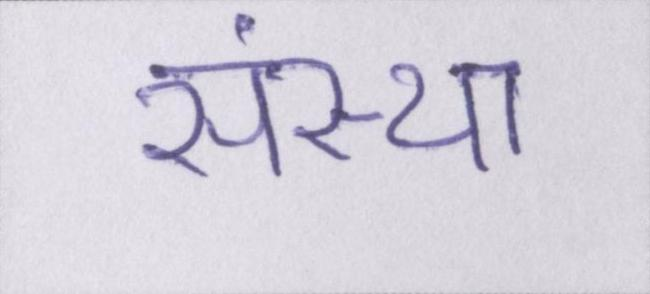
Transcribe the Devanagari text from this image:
संस्था